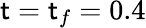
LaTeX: \mathsf{t}=\mathsf{t}_{f}=0.4